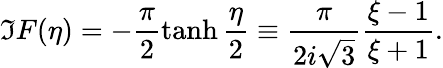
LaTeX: \Im F(\eta)=-\frac{\pi}{2}\operatorname{tanh}\frac{\eta}{2}\equiv\frac{\pi}{2i\sqrt{3}}\frac{\xi-1}{\xi+1}.